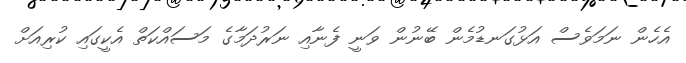
އެހެން ނަމަވެސް އަޅުގަނޑުމެން ބޭނުން ވަނީ ފެނާއި ނަރުދަމާގެ މަސައްކަތް އެކީގައި ކުރިއަށް